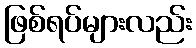
ဖြစ်ရပ်များလည်း